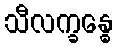
သီလက္ခန္ဓေ